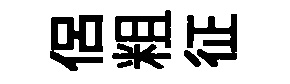
侣粗征